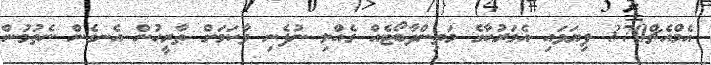
އެމްއެޗް370 ފިޔަވައި އެމަރުކާގެ މަތިންދާބޯޓެއް ގެއްލި ނުފެނި ވާކަމަށް ތާރީހުން އެނގެން ނެތުމުން